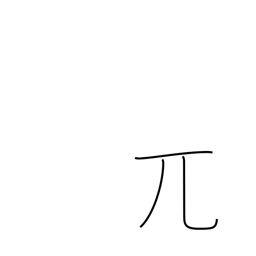
Meaning: bald